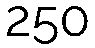
250